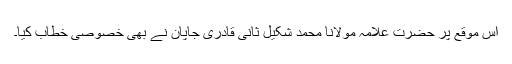
اس موقع پر حضرت علامہ مولانا محمد شکیل ثانی قادری جاپان نے بھی خصوصی خطاب کیا۔